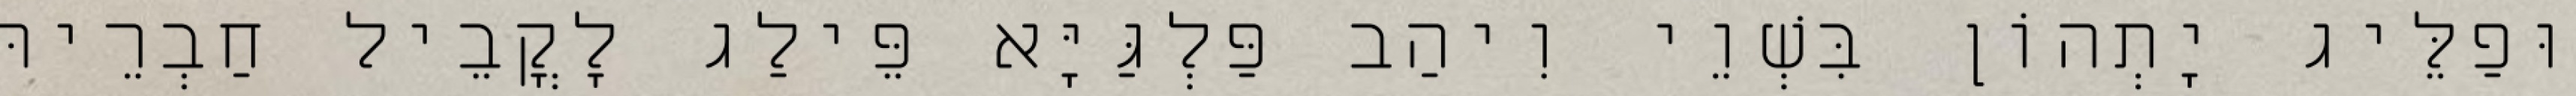
וּפַלֵּיג יָתְהוֹן בִּשְׁוֵי וִיהַב פַּלְגַּיָּא פֵּילַג לָקֳבֵיל חַבְרֵיהּ